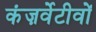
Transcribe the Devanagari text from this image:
कंज़र्वेटीवों